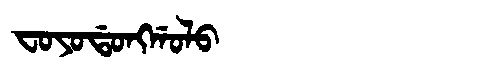
Manchu: ᠸᠣᠶᠣᡩᠣᠩᡤᠣᠯᠣ
Romanization: FOYODONGGOLO